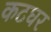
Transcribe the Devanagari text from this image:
कटघर